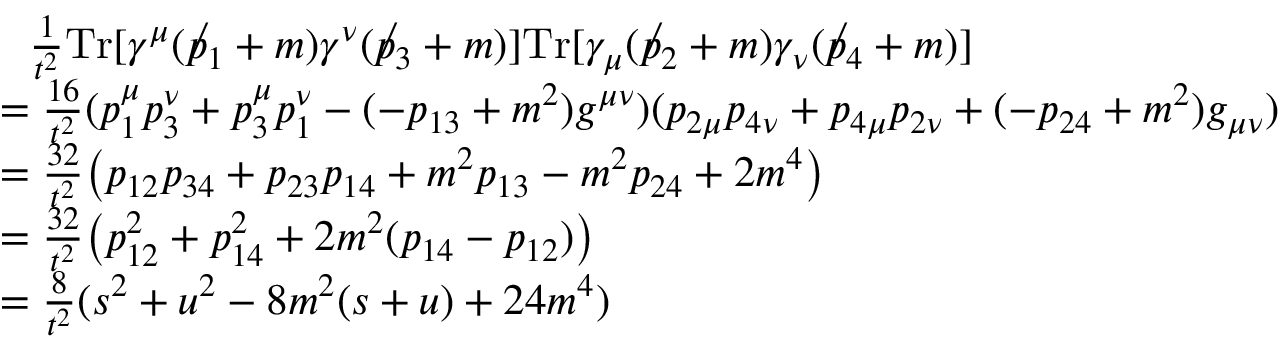
{ \begin{array} { r l } & { ~ ~ { \frac { 1 } { t ^ { 2 } } } \mathrm { T r } [ \gamma ^ { \mu } ( \not p _ { 1 } + m ) \gamma ^ { \nu } ( \not p _ { 3 } + m ) ] \mathrm { T r } [ \gamma _ { \mu } ( \not p _ { 2 } + m ) \gamma _ { \nu } ( \not p _ { 4 } + m ) ] } \\ & { = { \frac { 1 6 } { t ^ { 2 } } } ( p _ { 1 } ^ { \mu } p _ { 3 } ^ { \nu } + p _ { 3 } ^ { \mu } p _ { 1 } ^ { \nu } - ( - p _ { 1 3 } + m ^ { 2 } ) g ^ { \mu \nu } ) ( p _ { 2 \mu } p _ { 4 \nu } + p _ { 4 \mu } p _ { 2 \nu } + ( - p _ { 2 4 } + m ^ { 2 } ) g _ { \mu \nu } ) } \\ & { = { \frac { 3 2 } { t ^ { 2 } } } { \big ( } p _ { 1 2 } p _ { 3 4 } + p _ { 2 3 } p _ { 1 4 } + m ^ { 2 } p _ { 1 3 } - m ^ { 2 } p _ { 2 4 } + 2 m ^ { 4 } { \big ) } } \\ & { = { \frac { 3 2 } { t ^ { 2 } } } { \big ( } p _ { 1 2 } ^ { 2 } + p _ { 1 4 } ^ { 2 } + 2 m ^ { 2 } ( p _ { 1 4 } - p _ { 1 2 } ) { \big ) } } \\ & { = { \frac { 8 } { t ^ { 2 } } } ( s ^ { 2 } + u ^ { 2 } - 8 m ^ { 2 } ( s + u ) + 2 4 m ^ { 4 } ) } \end{array} }